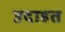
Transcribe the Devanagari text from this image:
उदाहत